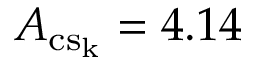
A _ { \mathrm { { c s _ { k } } } } = 4 . 1 4